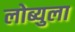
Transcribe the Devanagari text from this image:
लोब्युला